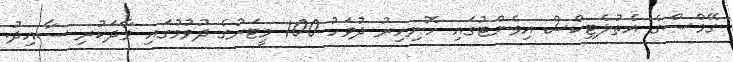
ގޭމްސްގެ އެތުލެޓިކްސް އިވެންޓުގައި ހޮނިހިރު ދުވަހު 100 މީޓަރުގެ ދުވުމުގައި ވާދަކުރި ސާއިދު.